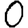
Digit: 0